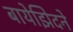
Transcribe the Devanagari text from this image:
बायेझिदने